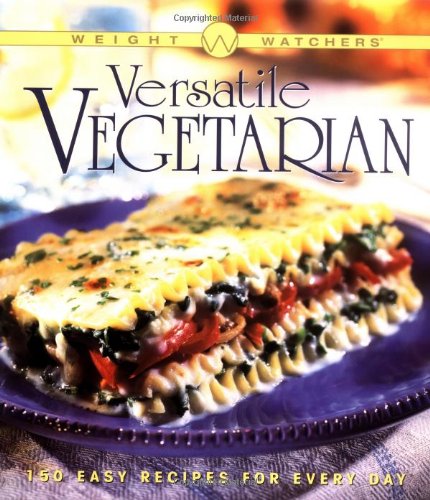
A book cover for Weight Watchers Versatile Vegetarian; Weight Watchers; Health, Fitness & Dieting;